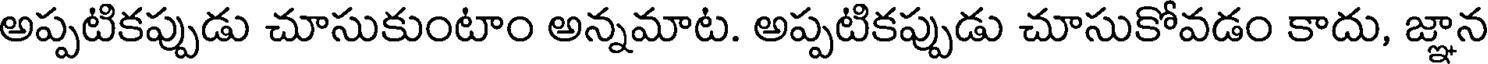
అప్పటికప్పుడు చూసుకుంటాం అన్నమాట. అప్పటికప్పుడు చూసుకోవడం కాదు, జ్ఞాన